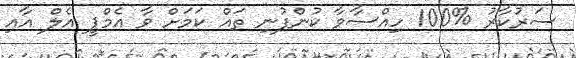
ސަރުކާރު %100 ހިއްސާވާ ކުންފުނި ތައް ކަމަށް ވާ އެމްޕީ އެލް އާއި